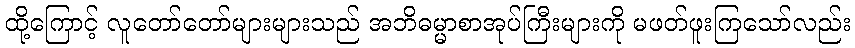
ထို့ကြောင့် လူတော်တော်များများသည် အဘိဓမ္မာစာအုပ်ကြီးများကို မဖတ်ဖူးကြသော်လည်း